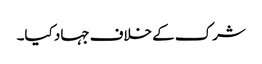
شرک کے خلاف جہاد کیا۔